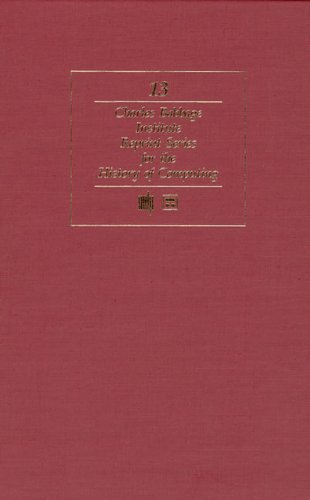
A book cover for Memoir of the Life and Labours of the Late Charles Babbage Esq. F.R.S. (Charles Babbage Institute Reprint); Erwin Tomash; Computers & Technology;